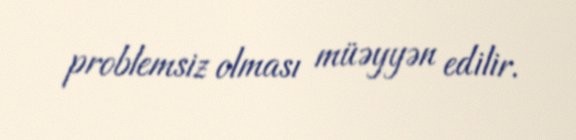
problemsiz olması müəyyən edilir.